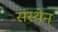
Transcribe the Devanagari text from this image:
संस्थेन